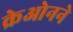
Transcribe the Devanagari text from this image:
क्रेओनने